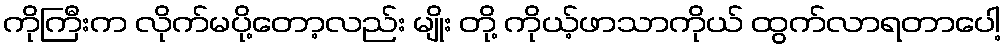
ကိုကြီးက လိုက်မပို့တော့လည်း မျိုး တို့ ကိုယ့်ဖာသာကိုယ် ထွက်လာရတာပေါ့